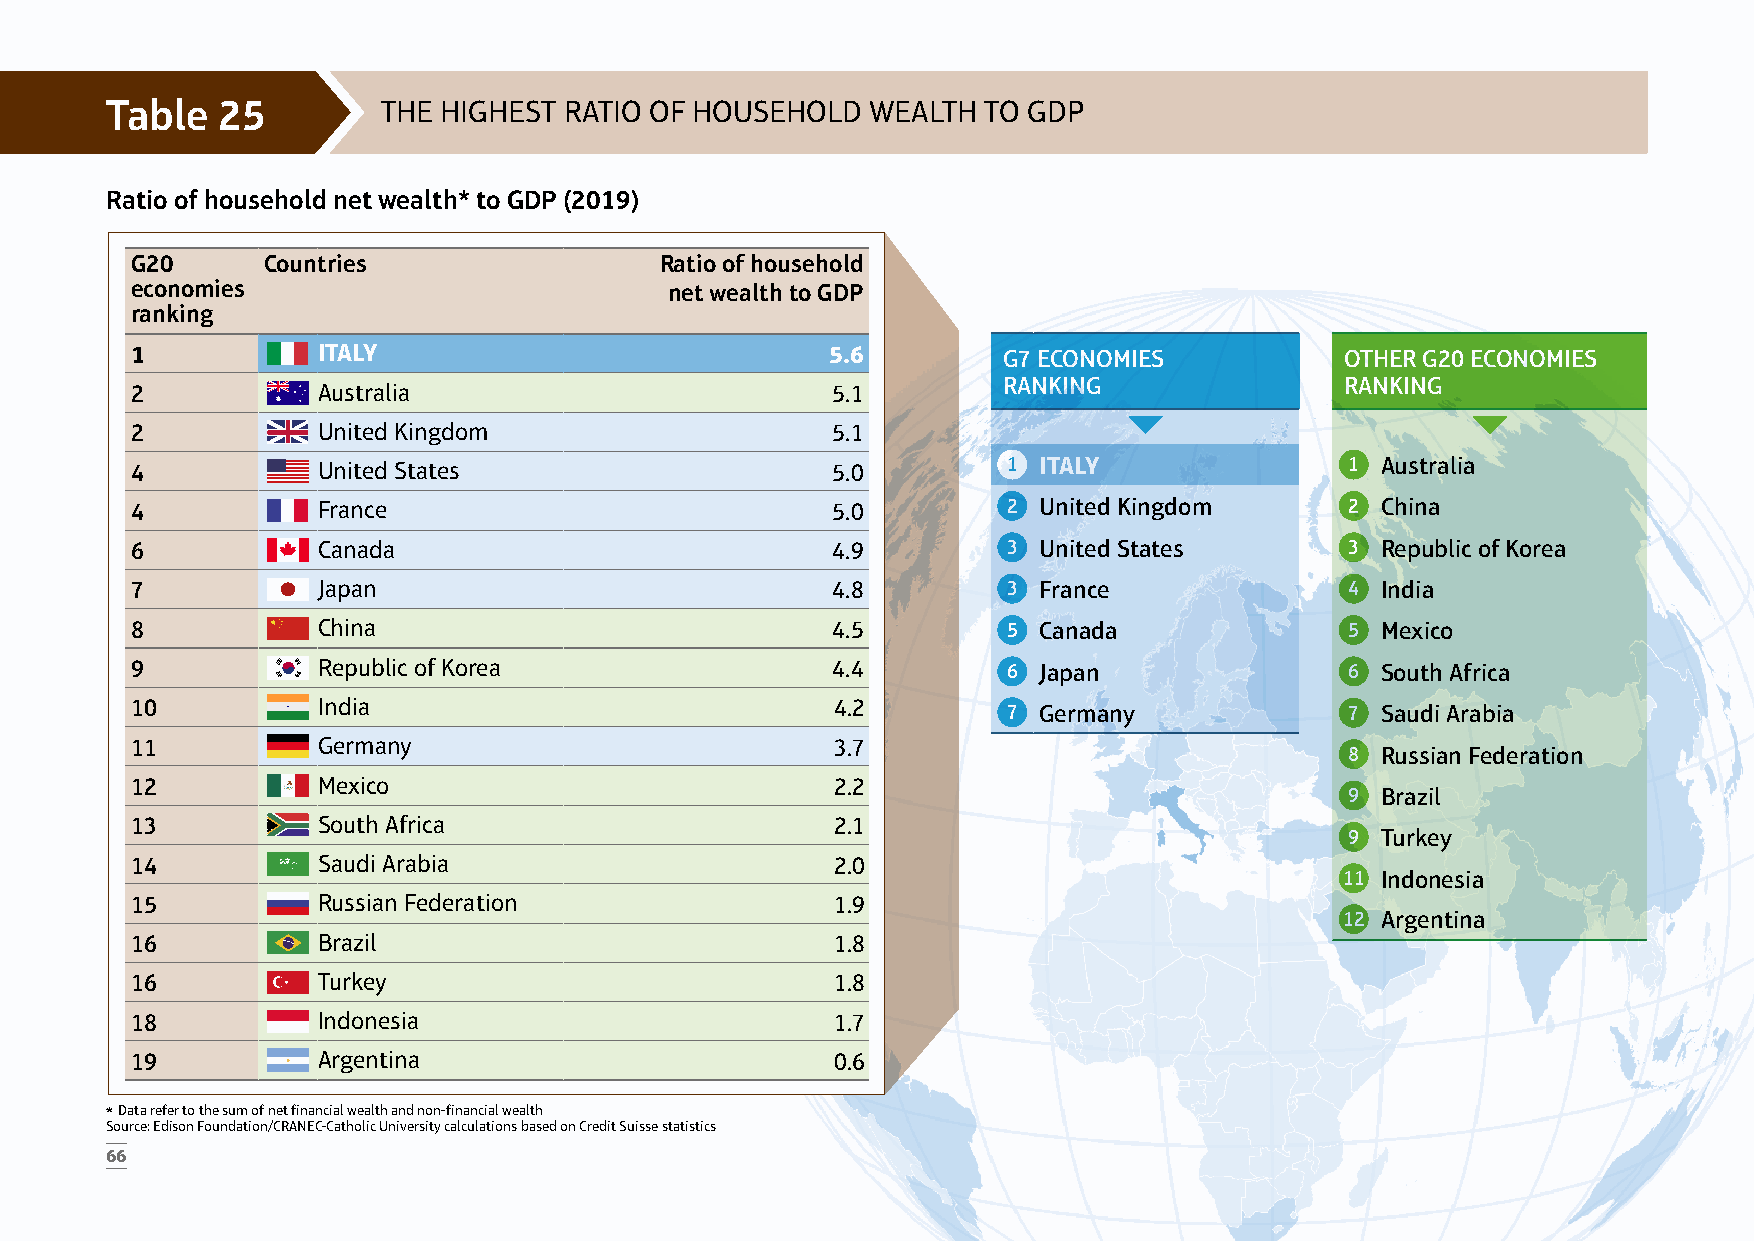
Table  25         THE HIGHEST RATIO OF HOUSEHOLD   WEALTH TO GDP
 Ratio of household net wealth* to GDP (2019)
 G20     Countries                  Ratio of household
 economies                          net wealth to GDP
 ranking
 1           ITALY                             5.6        G7 ECONOMIES           OTHER G20 ECONOMIES
 RANKING                RANKING
 2           Australia                         5.1
 2           United Kingdom                    5.1
 4           United States                     5.0         1 ITALY               1 Australia
 4           France                            5.0         2 United Kingdom      2 China
 6           Canada                            4.9         3 United States       3 Republic of Korea
 7           Japan                             4.8         3 France              4 India
 8           China                             4.5         5 Canada              5 Mexico
 9           Republic of Korea                 4.4         6 Japan               6 South Africa
 10          India                             4.2         7 Germany             7 Saudi Arabia
 11          Germany                           3.7
 8 Russian Federation
 12          Mexico                            2.2
 9 Brazil
 13          South Africa                      2.1
 9 Turkey
 14          Saudi Arabia                      2.0
 11 Indonesia
 15          Russian Federation                1.9
 12 Argentina
 16          Brazil                            1.8
 16          Turkey                            1.8
 18          Indonesia                         1.7
 19          Argentina                         0.6
 * Data refer to the sum of net financial wealth and non-financial wealth
 Source: Edison Foundation/CRANEC-Catholic University calculations based on Credit Suisse statistics
 66